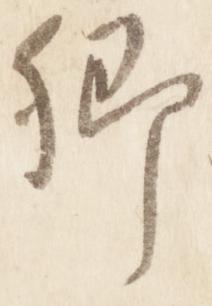
郷